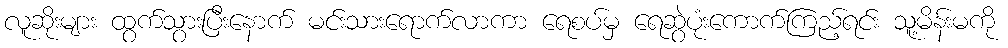
လူဆိုးများ ထွက်သွားပြီးနောက် မင်းသားရောက်လာကာ ရေစပ်မှ ရေဆွဲပုံးကောက်ကြည့်ရင်း သူ့မိန်းမကို